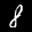
Label: 8